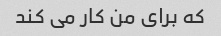
که برای من کار می کند